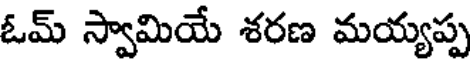
ఓమ్ స్వామియే శరణ మయ్యప్ప